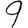
Digit: 9